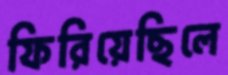
ফিরিয়েছিলে